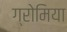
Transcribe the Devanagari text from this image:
ग्रोमिया